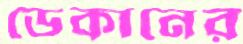
ডেকানের